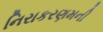
નિરાકરણમની